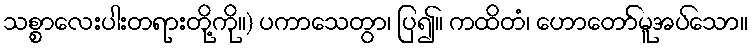
သစ္စာလေးပါးတရားတို့ကို။) ပကာသေတွာ၊ ပြ၍။ ကထိတံ၊ ဟောတော်မူအပ်သော။